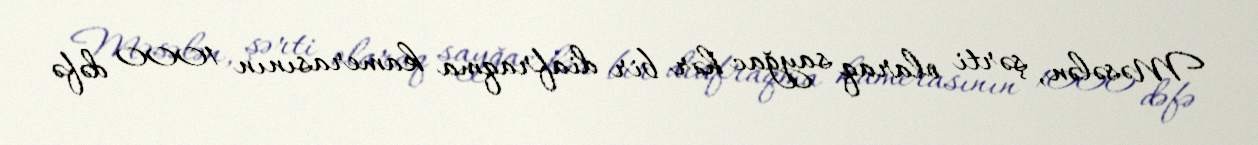
Məsələn, şərti olaraq sayğac hər bir diafraqma kamerasının 1000 dəfə